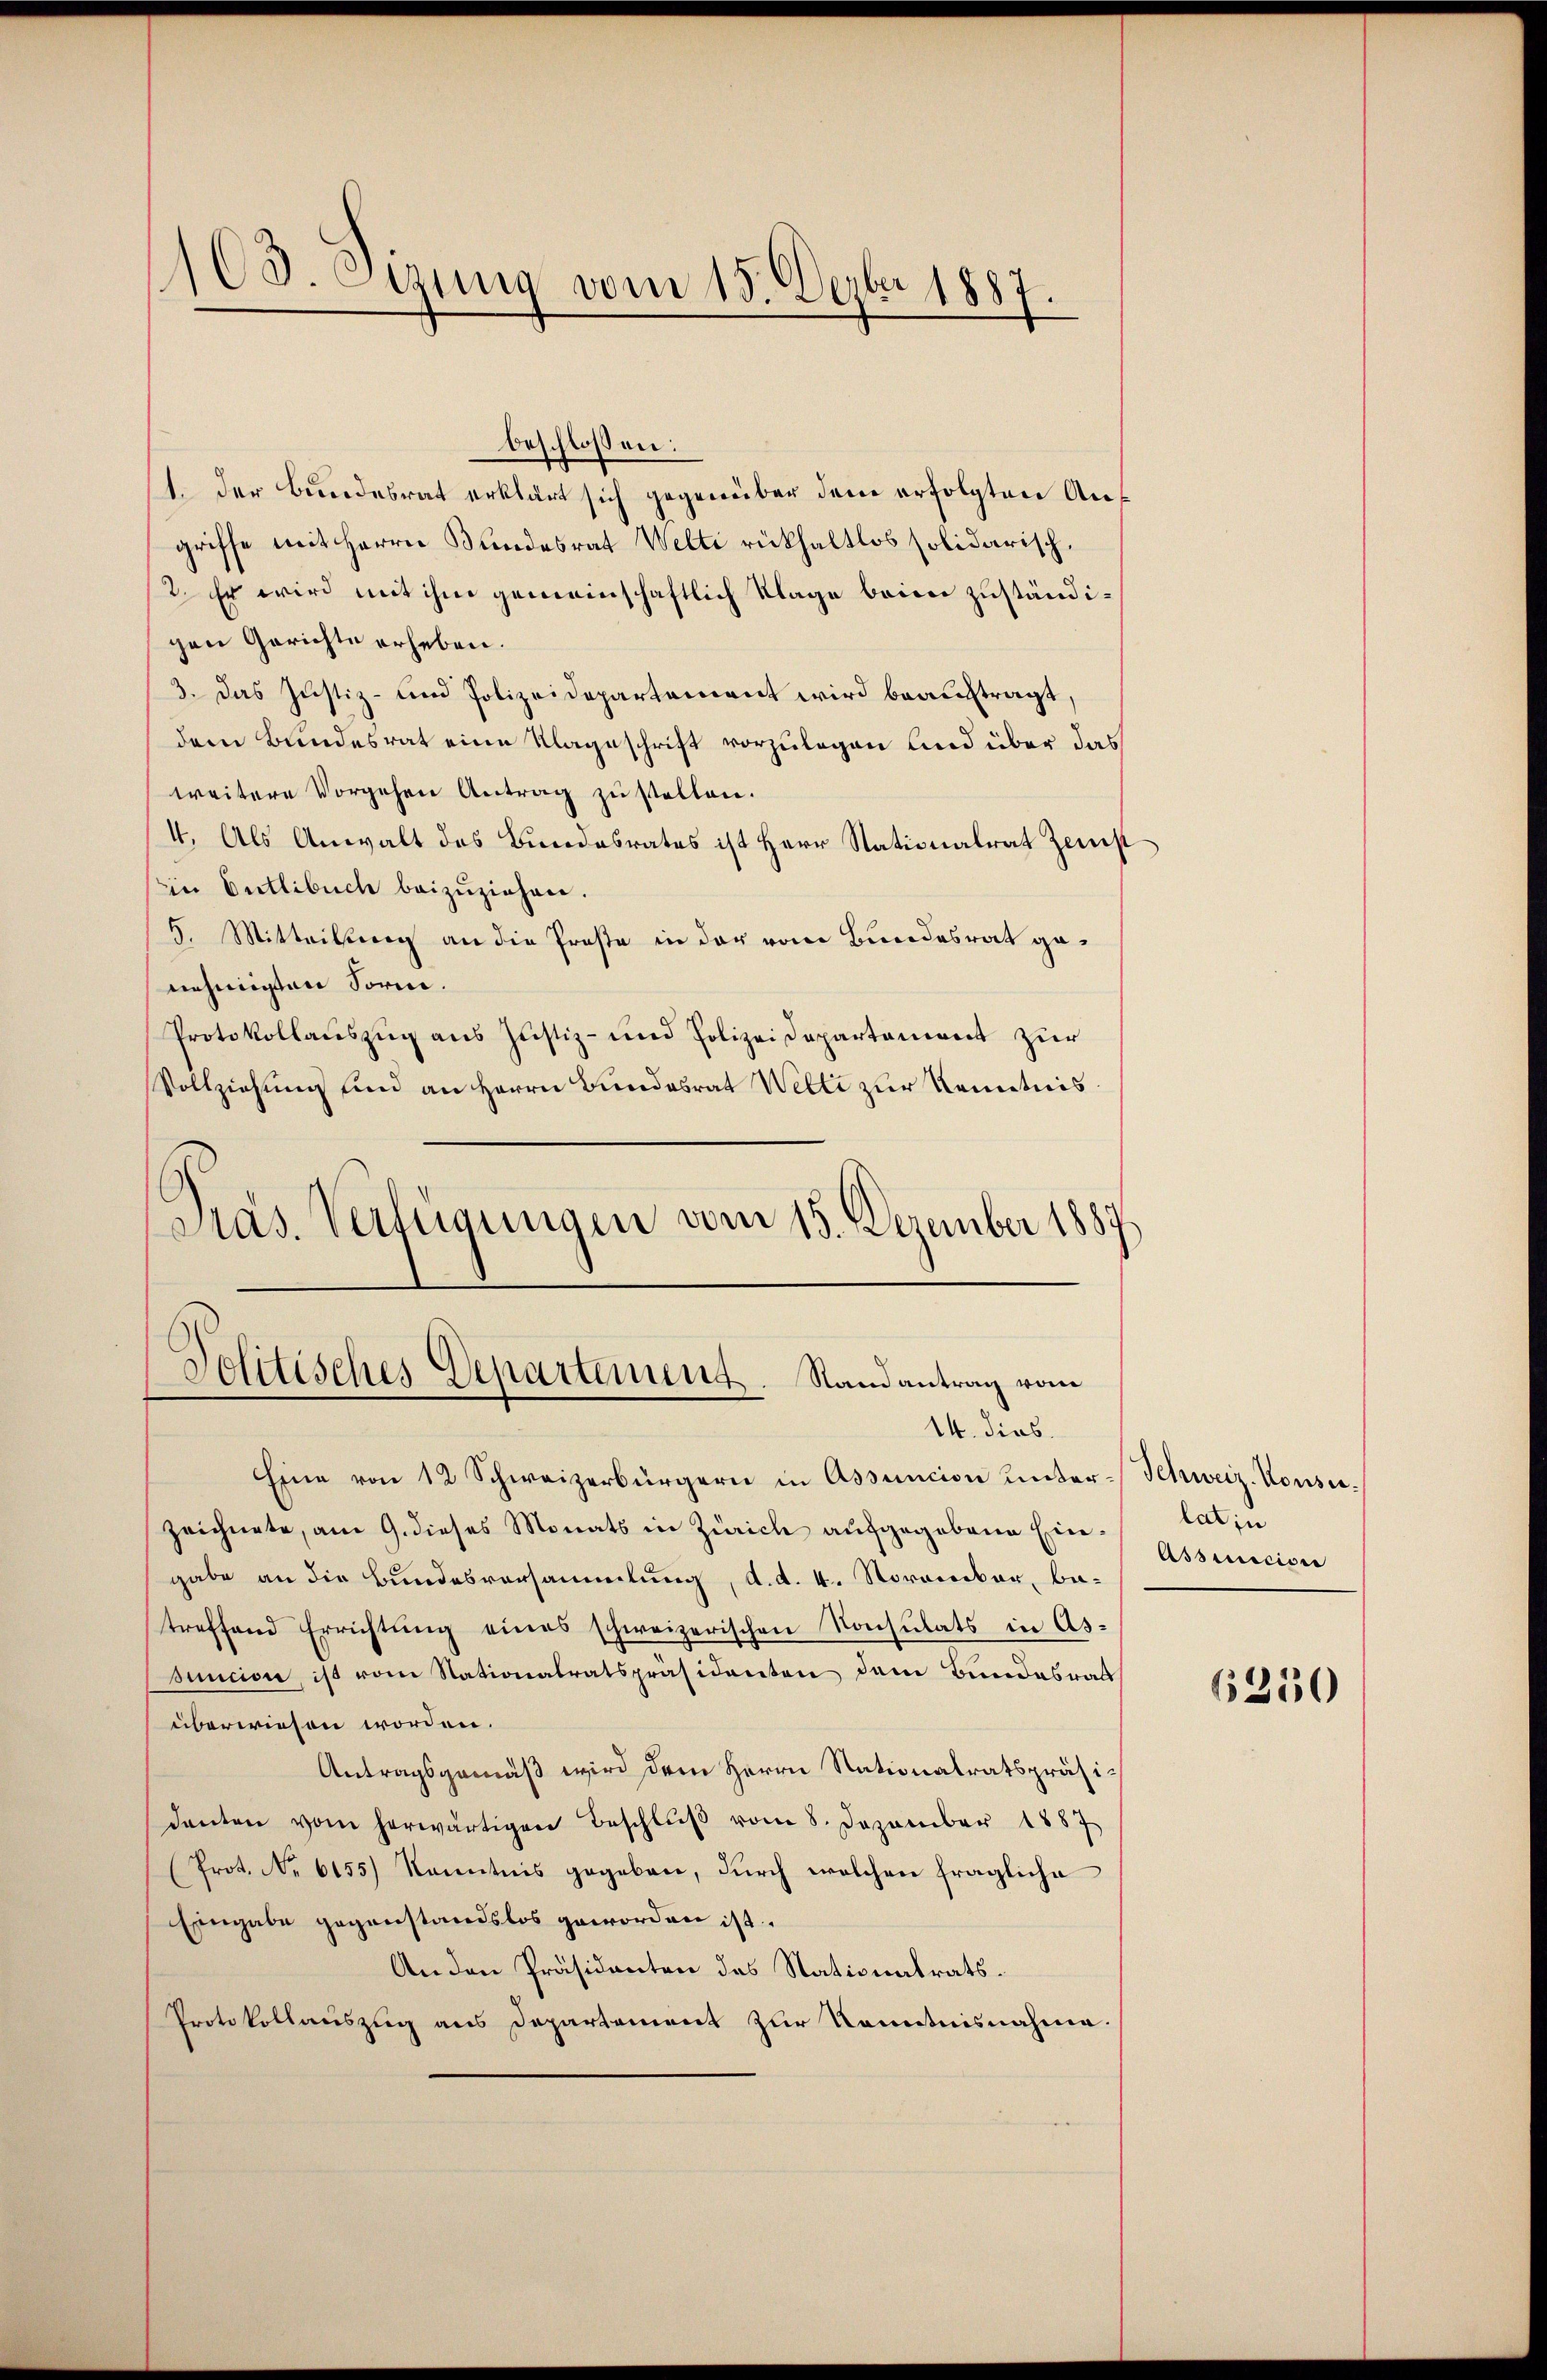
103. Eizung vom 15. Dezbr 1887.

beschlossen:
1. Der Bundesrat erklärt sich gegenüber dem erfolgten Angriffe mit Herrn Bundesrat Welti rückhaltlos solidarisch.
2. Er wird mit ihm gemeinschaftlich Klage beim zuständigen Gerichte erheben.
3. Das Justiz- und Polizeidepartement wird beauftragt,
dem Bundesrat eine Klageschrift vorzulegen und über das
weitere Vorgehen Antrag zu stellen.
I. Als Anwalt des Bundesrates ist Herr Stationalrat Zust
ie Entlebuch beizŭziehen.
5. Mitteilung an die Prose in der vom Bundesrat genehmigten Sorm.
Protokollauszug aus Justiz- und Polizeidepartement zur
Vollziehung und an Herrn Bundesrat Welti zur Kenntnis
Pras. Verfügungen vom 15. Dezember 1887.

Politisches Departement. Randantrag vom
14. dies

Eine von 12 Schweizerbürgern in Assuncion unterzeichnete, am 9. dieses Monats in Zürich aufgegebene Eingabe an die Bundesversammlung, d. d. 4. Norarbar, betreffend Errichtŭng eines schweizerischen Konsulats in Assuncion, ist vom Stationalratspräsidenten dem Bundesrat
überwiesen worden.
Antragsgemäß wird dem Herrn Nationalratspräsidanten vom herwärtigen Beschlŭβ vom 8. Dezember 1887
(Prot. No 6155) Kenntnis gegeben, durch welchen fragliche
Eingabe gegenstandslos geworden ist.
An den Präsidenten das Stationatrats¬
Protokollauszug aus Departement zur Kenntnisnahme.

Schweiz. Konsu
lat in
Assecisi

6350